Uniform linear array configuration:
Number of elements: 16
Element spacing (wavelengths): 0.5
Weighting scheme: binomial
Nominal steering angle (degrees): -45
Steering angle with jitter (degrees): -44.744
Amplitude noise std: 0.05
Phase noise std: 0.05

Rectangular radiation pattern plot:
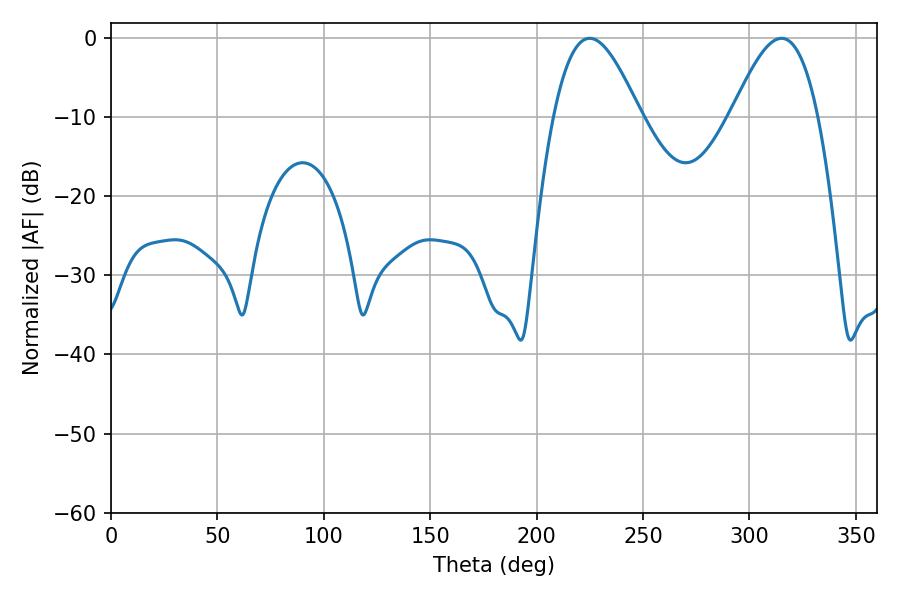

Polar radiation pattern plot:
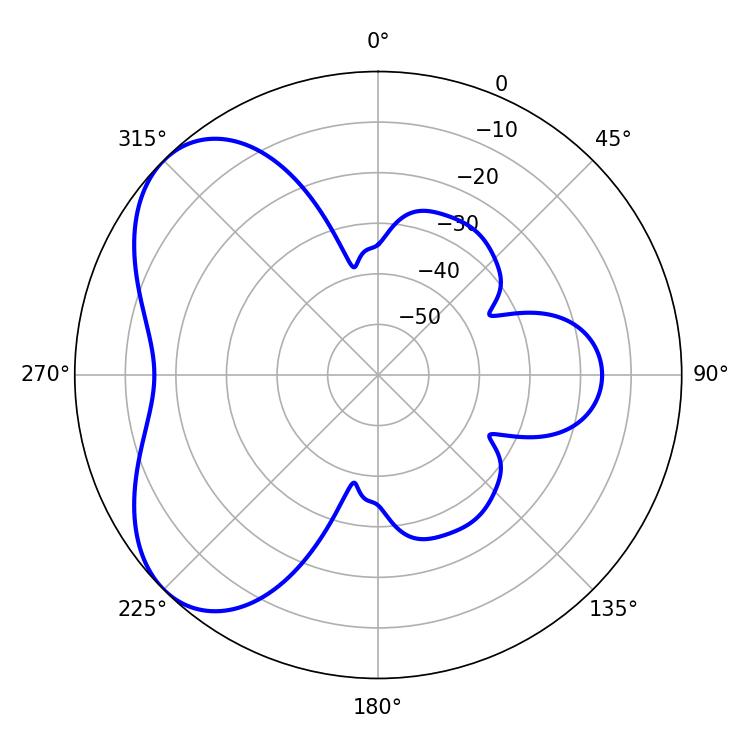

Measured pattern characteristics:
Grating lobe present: FALSE
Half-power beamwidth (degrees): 21.96
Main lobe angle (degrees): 225